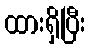
ထားရှိပြီး